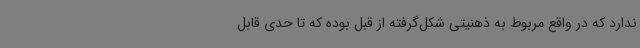
ندارد که در واقع مربوط به ذهنیتی شکل‌گرفته از قبل بوده که تا حدی قابل